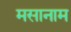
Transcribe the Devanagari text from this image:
मसानाम